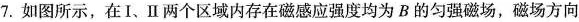
7.如图所示，在I、Ⅱ两个区域内存在磁感应强度均为B的匀强磁场，磁场方向